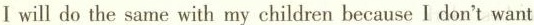
I will do the same with my children because I don't want